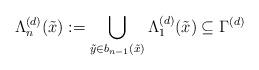
LaTeX: \begin{align*}\Lambda_n^{(d)}(\tilde{x}) : = \bigcup_{\tilde{y}\in b_{n-1}(\tilde{x})} \Lambda_{1}^{(d)}(\tilde{x})\subseteq \Gamma^{(d)}\end{align*}